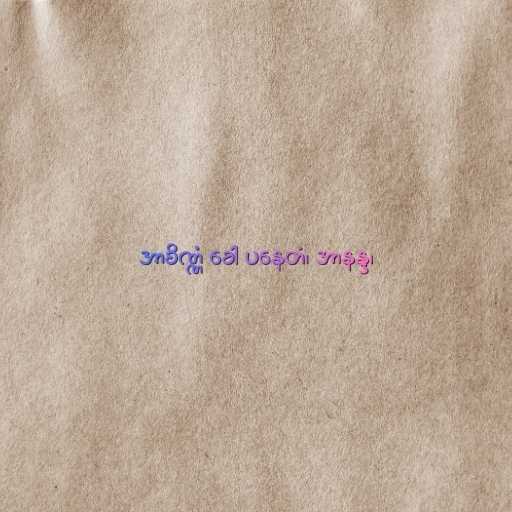
အာစိဏ္ဏံ ခေါ ပနေတံ၊ အာနန္ဒ၊